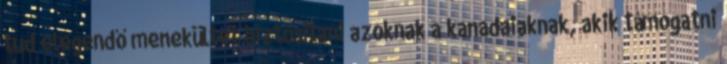
tud elegendő menekültet biztosítani azoknak a kanadaiaknak, akik támogatni